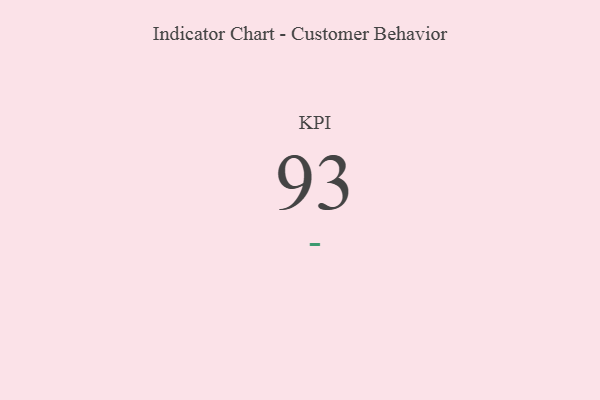
{"axis": {"x": "KPI", "y": "Value"}, "legend": [""], "data": [{"x": "KPI", "y": 93, "type": ""}]}